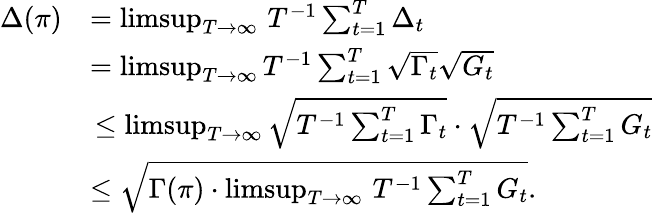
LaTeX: \begin{array}{rl}{\Delta(\pi)}&{=\operatorname*{limsup}_{T\to\infty}\, T^{-1}\sum_{t=1}^{T}\Delta_{t}}\\ &{=\operatorname*{limsup}_{T\to\infty}T^{-1}\sum_{t=1}^{T}\sqrt{\Gamma_{t}}\sqrt{G_{t}}}\\ &{\, \leq\operatorname*{limsup}_{T\to\infty}\sqrt{T^{-1}\sum_{t=1}^{T}\Gamma_{t}}\cdot\sqrt{T^{-1}\sum_{t=1}^{T}G_{t}}}\\ {\, }&{\leq\sqrt{\Gamma(\pi)\cdot\operatorname*{limsup}_{T\rightarrow\infty}\, T^{-1}\sum_{t=1}^{T}G_{t}}.}\end{array}